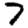
Digit: 7